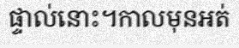
ផ្ទាល់នោះ។កាលមុនអត់